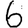
Digit: 6